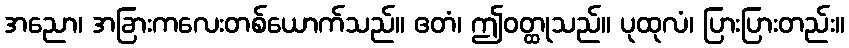
အညော၊ အခြားကလေးတစ်ယောက်သည်။ ဧတံ၊ ဤဝတ္ထုသည်။ ပုထုလံ၊ ပြားပြားတည်း။